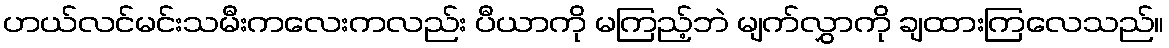
ဟယ်လင်မင်းသမီးကလေးကလည်း ပီယာကို မကြည့်ဘဲ မျက်လွှာကို ချထားကြလေသည်။